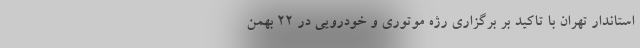
استاندار تهران با تاکید بر برگزاری رژه موتوری و خودرویی در ۲۲ بهمن